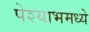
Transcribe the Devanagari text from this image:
पेश्याभमध्ये